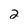
Character: 2